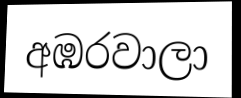
අඹරවාලා